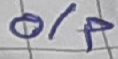
Text: o/p